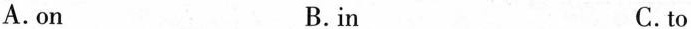
A.on B.in C.to